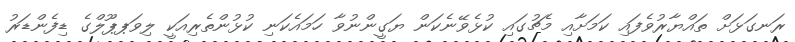
ރަނގަޅަށް ތައްޔާރުވެފައި ކަމަށާއި މެޗުގައި ކުޅެވޭނެކަން ޔަގީންނުވާ ހަމައެކަނި ކުޅުންތެރިއަކީ ލިވަޕޕޫލްގެ ޑިފެންޑަރު